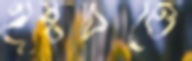
হূষ্টচিত্তে